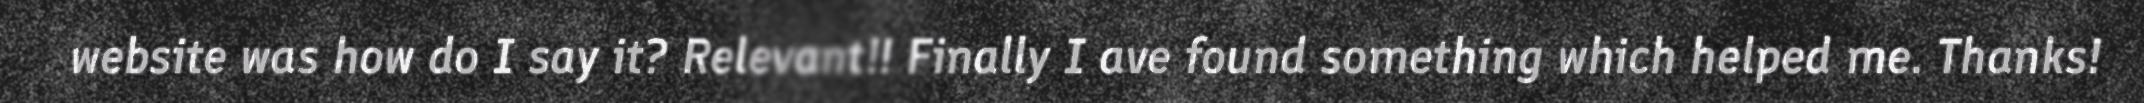
website was how do I say it? Relevant!! Finally I ave found something which helped me. Thanks!